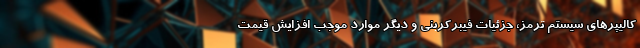
کالیپرهای سیستم ترمز، جزئیات فیبرکربنی و دیگر موارد موجب افزایش قیمت